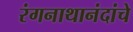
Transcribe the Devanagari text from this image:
रंगनाथानंदांचे